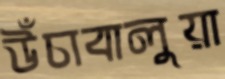
উঁচাবালুয়া